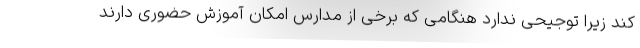
کند زیرا توجیحی ندارد هنگامی که برخی از مدارس امکان آموزش حضوری دارند